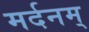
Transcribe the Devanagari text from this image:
मर्दनम्